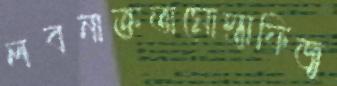
লবনাক্ততামোস্তাফিজু